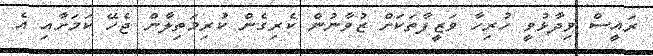
ރައީސް ވިދާޅުވީ ހުރިހާ ވަޒީފާތަކަށް ޒުވާނުން ކެރިގެން ކުރިމަތިލާން ޖެހޭ ކަމަށާއި އެ